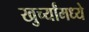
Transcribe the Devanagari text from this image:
खुर्च्यांमध्ये